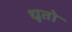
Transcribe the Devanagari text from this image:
धुतो